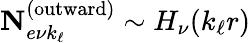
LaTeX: \mathbf{N}_{e\nu k_{\ell}}^{(\textrm{outward})}\sim H_{\nu}(k_{\ell}r)